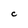
Character: c